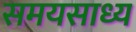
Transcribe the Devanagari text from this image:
समयसाध्य